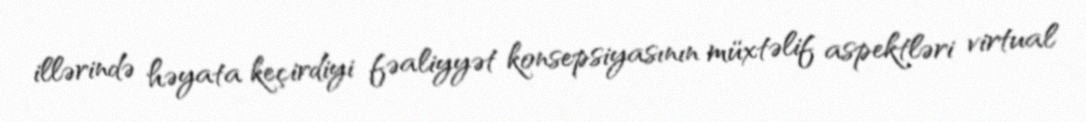
illərində həyata keçirdiyi fəaliyyət konsepsiyasının müxtəlif aspektləri virtual